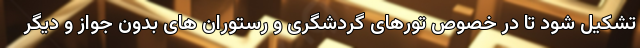
تشکیل شود تا در خصوص تورهای گردشگری و رستوران های بدون جواز و دیگر